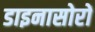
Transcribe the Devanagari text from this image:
डाइनासोरों